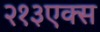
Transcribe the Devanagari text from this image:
२१३एक्स